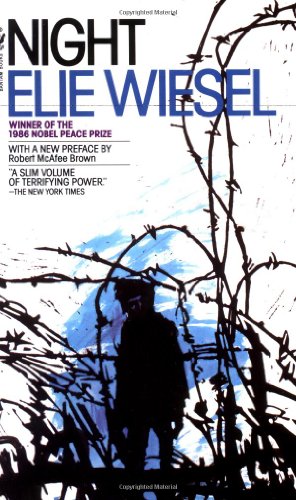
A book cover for Night; Elie Wiesel; Biographies & Memoirs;